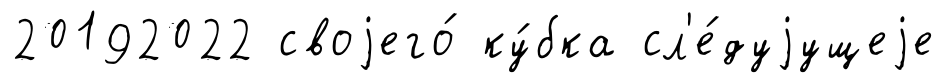
20192022 своjего́ ку́бка сл'е́дуjущеjе